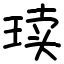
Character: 𪻨